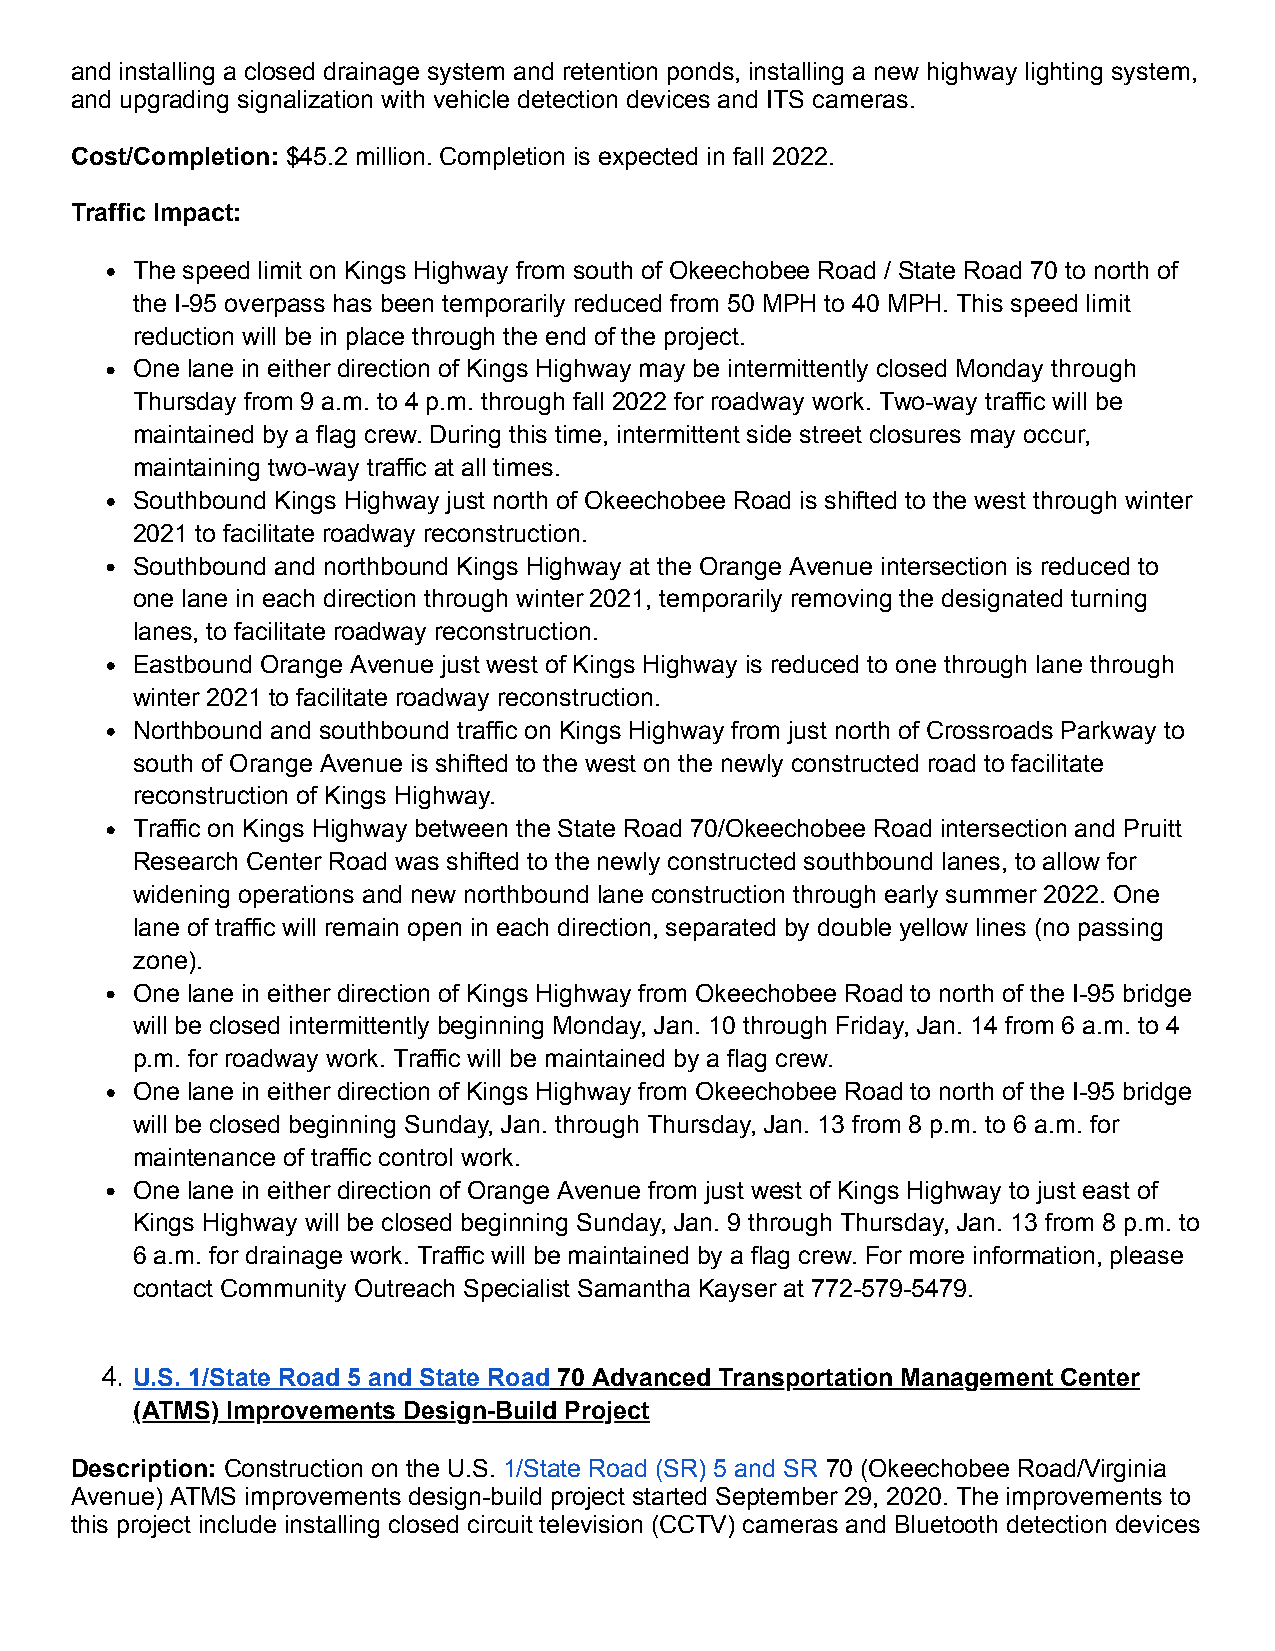
and installing a closed drainage system and retention ponds, installing a new highway lighting system,
 and upgrading signalization with vehicle detection devices and ITS cameras.
 Cost/Completion: $45.2 million. Completion is expected in fall 2022.
 Traffic Impact:
 The speed limit on Kings Highway from south of Okeechobee Road / State Road 70 to north of
 the I-95 overpass has been temporarily reduced from 50 MPH to 40 MPH. This speed limit
 reduction will be in place through the end of the project.
 One lane in either direction of Kings Highway may be intermittently closed Monday through
 Thursday from 9 a.m. to 4 p.m. through fall 2022 for roadway work. Two-way traffic will be
 maintained by a flag crew. During this time, intermittent side street closures may occur,
 maintaining two-way traffic at all times.
 Southbound Kings Highway just north of Okeechobee Road is shifted to the west through winter
 2021 to facilitate roadway reconstruction.
 Southbound and northbound Kings Highway at the Orange Avenue intersection is reduced to
 one lane in each direction through winter 2021, temporarily removing the designated turning
 lanes, to facilitate roadway reconstruction.
 Eastbound Orange Avenue just west of Kings Highway is reduced to one through lane through
 winter 2021 to facilitate roadway reconstruction.
 Northbound and southbound traffic on Kings Highway from just north of Crossroads Parkway to
 south of Orange Avenue is shifted to the west on the newly constructed road to facilitate
 reconstruction of Kings Highway.
 Traffic on Kings Highway between the State Road 70/Okeechobee Road intersection and Pruitt
 Research Center Road was shifted to the newly constructed southbound lanes, to allow for
 widening operations and new northbound lane construction through early summer 2022. One
 lane of traffic will remain open in each direction, separated by double yellow lines (no passing
 zone).
 One lane in either direction of Kings Highway from Okeechobee Road to north of the I-95 bridge
 will be closed intermittently beginning Monday, Jan. 10 through Friday, Jan. 14 from 6 a.m. to 4
 p.m. for roadway work. Traffic will be maintained by a flag crew.
 One lane in either direction of Kings Highway from Okeechobee Road to north of the I-95 bridge
 will be closed beginning Sunday, Jan. through Thursday, Jan. 13 from 8 p.m. to 6 a.m. for
 maintenance of traffic control work.
 One lane in either direction of Orange Avenue from just west of Kings Highway to just east of
 Kings Highway will be closed beginning Sunday, Jan. 9 through Thursday, Jan. 13 from 8 p.m. to
 6 a.m. for drainage work. Traffic will be maintained by a flag crew. For more information, please
 contact Community Outreach Specialist Samantha Kayser at 772-579-5479.
 4. U.S. 1/State Road 5 and State Road 70 Advanced Transportation Management Center
 (ATMS) Improvements Design-Build Project
 Description: Construction on the U.S. 1/State Road (SR) 5 and SR 70 (Okeechobee Road/Virginia
 Avenue) ATMS improvements design-build project started September 29, 2020. The improvements to
 this project include installing closed circuit television (CCTV) cameras and Bluetooth detection devices